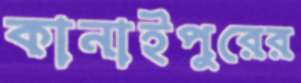
কানাইপুরের